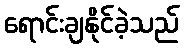
ရောင်းချနိုင်ခဲ့သည်